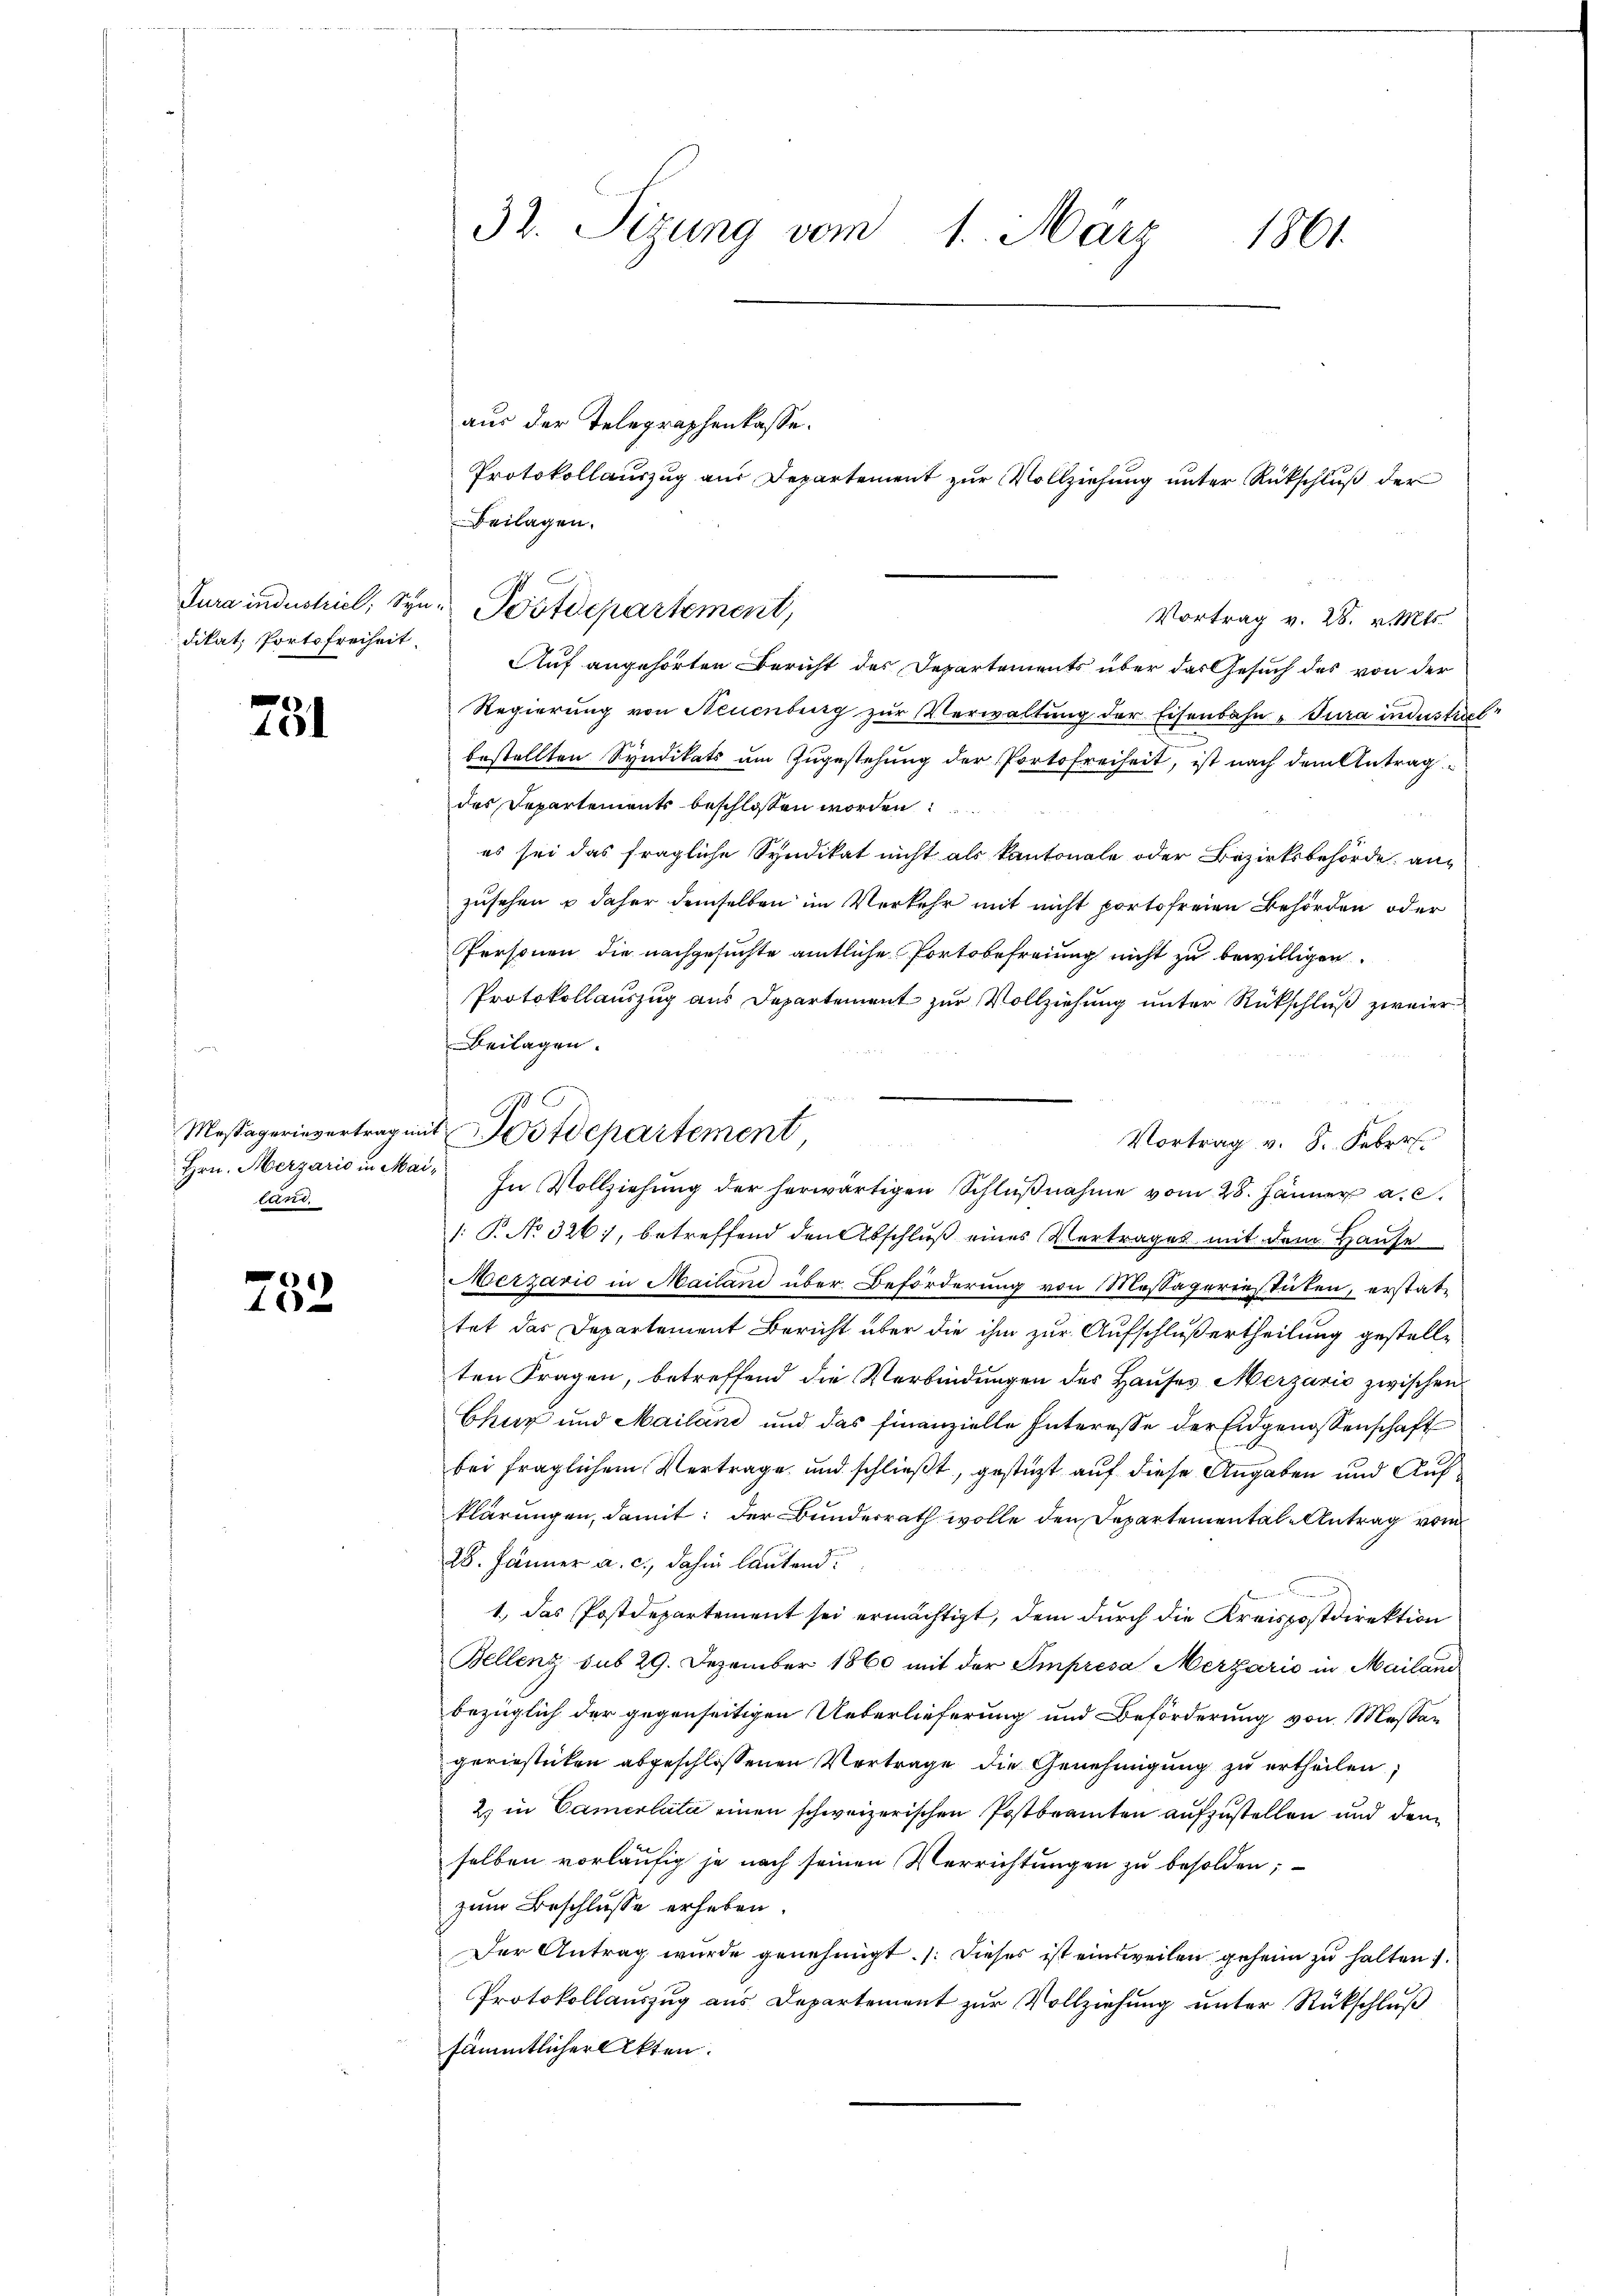
dikat Portofreiheit.

781

lant

752

32. Sizung vom 1. März
1861.

aus der Telegraphenkasse.
Protokollauszug aus Departement zur Vollziehung unter Rückschluß der
Beilagen.
Vortrag v. 28. v. Mts.
Auf angehörten Bericht des Departements über das Gesuch des von der
Regierung von Neuenburg zur Verwaltung der Eisenbahn & Tura industrict
bestellten Syndikats um Zugestehung der Portofreiheit, ist nach dem Antrag
des Departements beschlossen worden.
es sei das fragliche Syndikat nicht als kantonale oder Bezirksbehörde, anzusehen u daher demselben im Verkehr mit nicht portofreien Behörden oder
Personen die nachgesuchte amtliche Fortsbefreiung nicht zu bewilligen.
Protokollauszug aus Departement zur Vollziehung unter Rückschluß zweier
Beilagen.
Vortrag v. 8. Febr.
Hrn. Herzario in Mai. In Vollziehŭng der herwärtigen Schlŭβnahme vom 28. Jänner a. c.
1: P. No 326), betreffend den Abschluß eines Vertrages mit dem Hause
Merzario in Mailand über Beförderung von Messägeriestuten, erstattat das Departement Bericht über die ihm zur Aufschluß ertheilung gestellten Fragen, betreffend die Verbindungen des Hauses Merzario zwischen
Chur und Mailand und das finanzielle Interesse der Eidgenossenschaft
bei fraglichem Vertrage und schließt, gestüzt auf diese Angaben und Aufklärungen, damit: der Bundesrath wolle den Departemental-Antrag vom
28. Jänner a. c., dahin lautend
1.) Das Postdepartement sei ermächtigt, dem durch die Kreispostdirektion
Bellenz sub 29. Dezember 1860 mit der Impresa Merzario in Mailand
bezüglich der gegenseitigen Ueberlieferung und Beförderung von Messan
geriesticken abgeschlossenen Vertrage die Genehmigung zu ertheilen;
2) in Camerlata einen schweizerischen Postbeamten aufzustellen und dem
selben vorläufig je nach seinen Verrichtungen zu besolden,
zum Beschlusse erheben.
Der Antrag wurde genehmigt. /: dieses ist einsweilen geheim zu halten
Protokollauszug aus Departement zur Vollziehung unter Rückschluß
sämmtlicher Akten.

Jura industriel; Syn. Postdepartement,

Mossagerievertrag mit Postdepartement